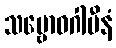
သမ္ဗောဓဂါမီနံ